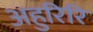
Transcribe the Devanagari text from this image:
अहुरिरि